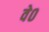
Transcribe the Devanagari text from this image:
वे०